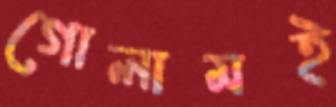
গোলামই